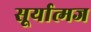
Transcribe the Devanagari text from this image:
सूर्यात्मज